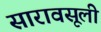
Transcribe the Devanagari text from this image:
सारावसूली